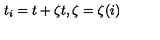
t _ { i } = t + \zeta t , \zeta = \zeta ( i )